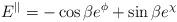
LaTeX: \begin{align*}E^{||}=-\cos\beta e^{\phi} +\sin\beta e^{\chi}\end{align*}